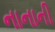
નાનાની